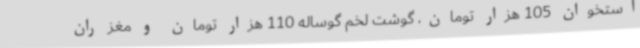
استخوان 105 هزار تومان، گوشت لخم گوساله 110 هزار تومان و مغز ران